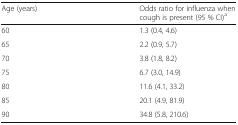
<table><thead><tr><td><b>Age (years)</b></td><td><b>Odds ratio for influenza when cough is present (95 % CI)<sup>a</sup></b></td></tr></thead><tbody><tr><td>60</td><td>1.3 (0.4, 4.6)</td></tr><tr><td>65</td><td>2.2 (0.9, 5.7)</td></tr><tr><td>70</td><td>3.8 (1.8, 8.2)</td></tr><tr><td>75</td><td>6.7 (3.0, 14.9)</td></tr><tr><td>80</td><td>11.6 (4.1, 33.2)</td></tr><tr><td>85</td><td>20.1 (4.9, 81.9)</td></tr><tr><td>90</td><td>34.8 (5.8, 210.6)</td></tr></tbody></table>